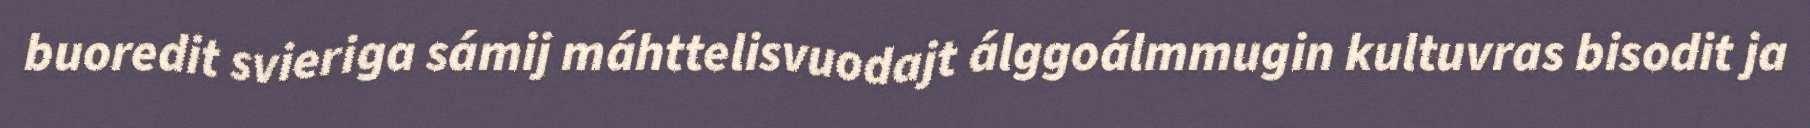
buoredit svieriga sámij máhttelisvuodajt álggoálmmugin kultuvras bisodit ja